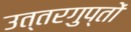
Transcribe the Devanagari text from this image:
उत्तरगुप्तों